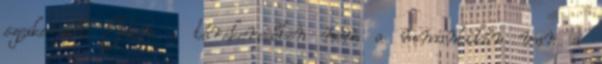
szexkeresőt Ebben a társkeresőben nem a romantikán van a